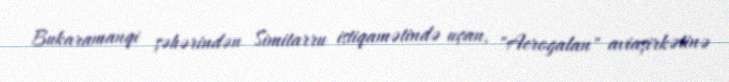
Bukaramanqi şəhərindən Simitarru istiqamətində uçan, "Aerogalan" aviaşirkətinə